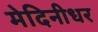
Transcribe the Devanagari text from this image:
मेदिनीधर